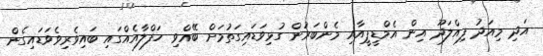
އަދި މިއަދު ފިއްލަދޫ އިން އެމްޑީޕީއާއި މެންބަރުން ގުޅިވަޑައިގަތުމަށް ބޭއްވި ހަފްލާއެއްގައި ބައިވެރިވެވަޑައިގެން